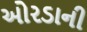
ઓરડાની